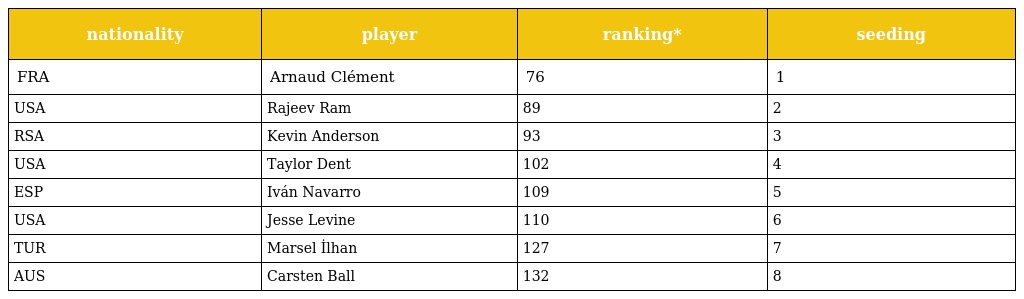
| nationality | player | ranking* | seeding |
 | --- | --- | --- | --- |
 | FRA | Arnaud Clément | 76 | 1 |
 | USA | Rajeev Ram | 89 | 2 |
 | RSA | Kevin Anderson | 93 | 3 |
 | USA | Taylor Dent | 102 | 4 |
 | ESP | Iván Navarro | 109 | 5 |
 | USA | Jesse Levine | 110 | 6 |
 | TUR | Marsel İlhan | 127 | 7 |
 | AUS | Carsten Ball | 132 | 8 |